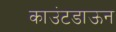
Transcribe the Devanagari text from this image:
काउंटडाऊन